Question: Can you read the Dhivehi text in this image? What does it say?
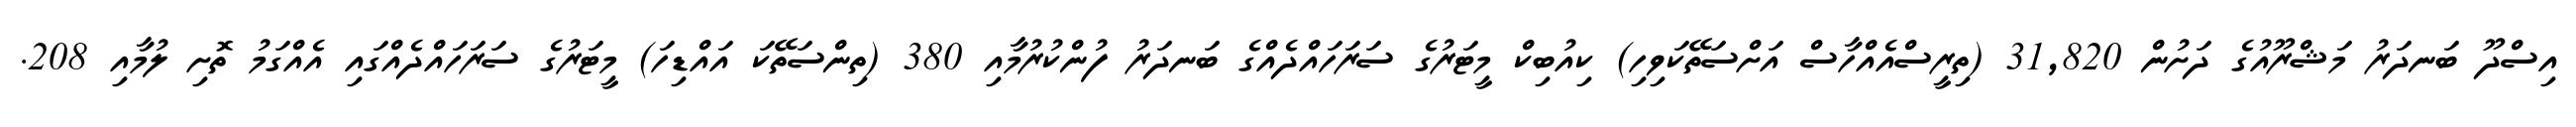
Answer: އިސްދޫ ބަނދަރު މަޝްރޫއުގެ ދަށުން 31,820 (ތިރީސްއެއްހާސް އަށްސަތޭކަވިހި) ކިއުބިކް މީޓަރުގެ ސަރަހައްދެއްގެ ބަނދަރު ފުންކުރުމާއި 380 (ތިންސަތޭކަ އައްޑިހަ) މީޓަރުގެ ސަރަހައްދެއްގައި އެއްގަމު ތޮށި ލުމާއި 208.